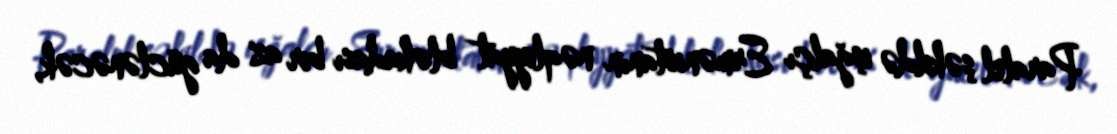
Paralel şəkildə işğalçı Ermənistanın nəqliyyat blokadası bir az da güclənəcək,